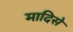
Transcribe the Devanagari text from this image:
मादिसे